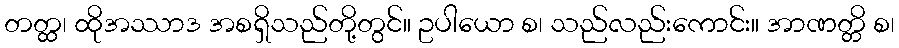
တတ္ထ၊ ထိုအဿာဒ အစရှိသည်တို့တွင်။ ဥပါယော စ၊ သည်လည်းကောင်း။ အာဏတ္တိ စ၊